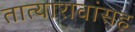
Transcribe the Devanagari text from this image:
तात्यारावांसह